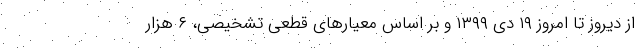
از دیروز تا امروز ۱۹ دی ۱۳۹۹ و بر اساس معیار‌های قطعی تشخیصی، ۶ هزار